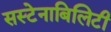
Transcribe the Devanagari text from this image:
सस्टेनाबिलिटी